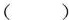
( )